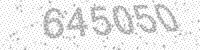
Solution: 645050